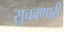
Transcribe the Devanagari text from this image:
सूचवणारी